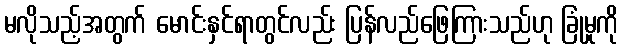
မလိုသည့်အတွက် မောင်းနှင်ရာတွင်လည်း ပြန်လည်ဖြေကြားသည်ဟု ခြုံမှုကို